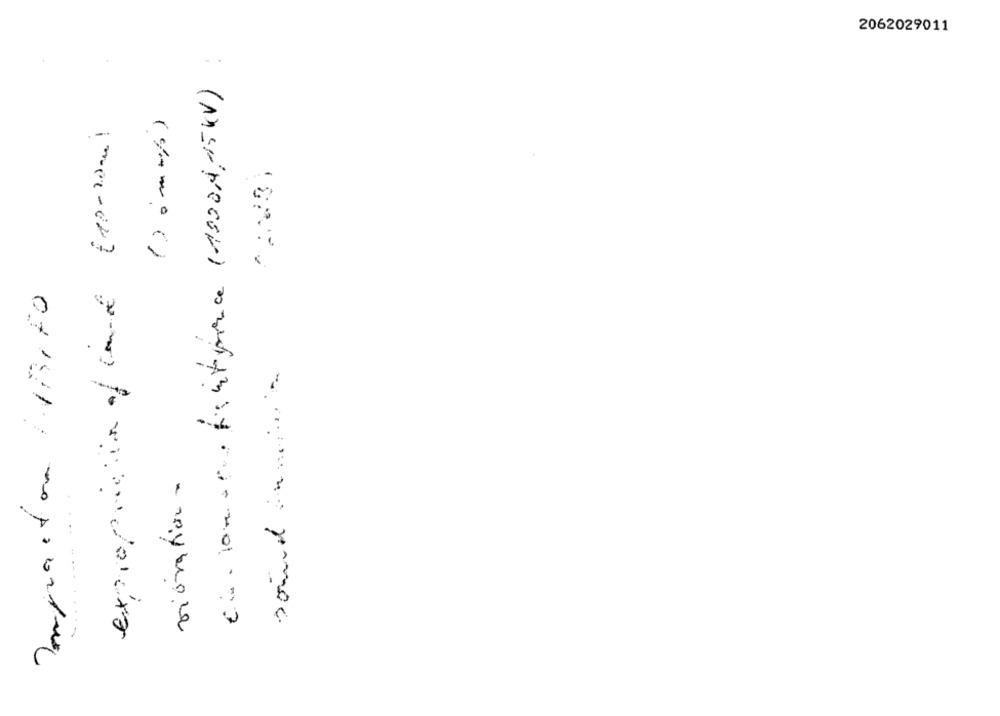
2062029011
Cia. 10mapa fintpence (1000H,5KV) :
Expropriation of code (10-20ml
Impacton BIFO
sound in ...
vionation .